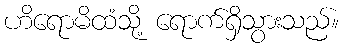
ဟိရောမိထံသို့ ရောက်ရှိသွားသည်။